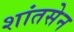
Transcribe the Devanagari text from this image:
शांतसेन